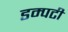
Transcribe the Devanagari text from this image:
डम्पटी